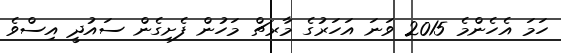
ހަމަ އެހެންމެ 2015 ވަނަ އަހަރުގެ މާރޗް މަހުން ފެށިގެން ސައުދީ އިސްވެ